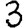
Digit: 3